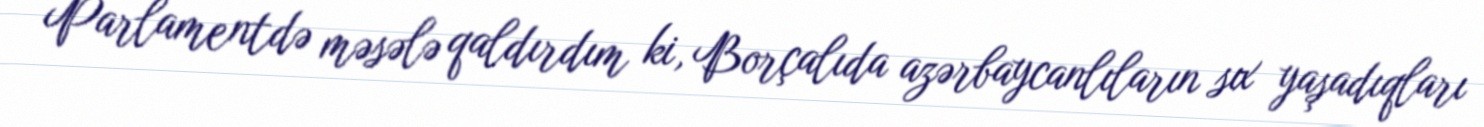
Parlamentdə məsələ qaldırdım ki, Borçalıda azərbaycanlıların sıx yaşadıqları